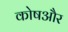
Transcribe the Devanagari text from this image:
कोषऔर